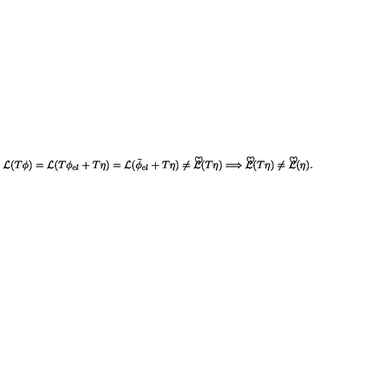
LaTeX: { \cal { L } } ( T \phi ) = { \cal { L } } ( T \phi _ { c l } + T \eta ) = { \cal { L } } ( \bar { \phi } _ { c l } + T \eta ) \neq { \cal { \tilde { L } } } ( T \eta ) \Longrightarrow { \cal { \tilde { L } } } ( T \eta ) \neq { \cal { \tilde { L } } } ( \eta ) .